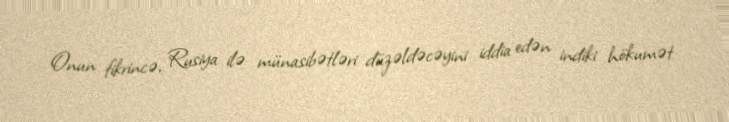
Onun fikrincə, Rusiya ilə münasibətləri düzəldəcəyini iddia edən indiki hökumət